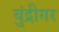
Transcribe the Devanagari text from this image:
चुंद्रीगर